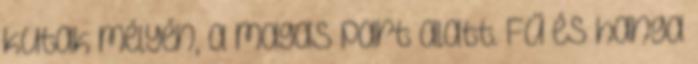
kutak mélyén, a magas part alatt. Fű és hanga